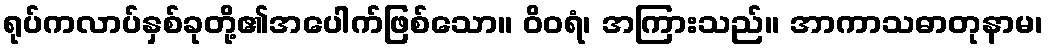
ရုပ်ကလာပ်နှစ်ခုတို့၏အပေါက်ဖြစ်သော။ ဝိဝရံ၊ အကြားသည်။ အာကာသဓာတုနာမ၊